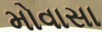
મોવાસા